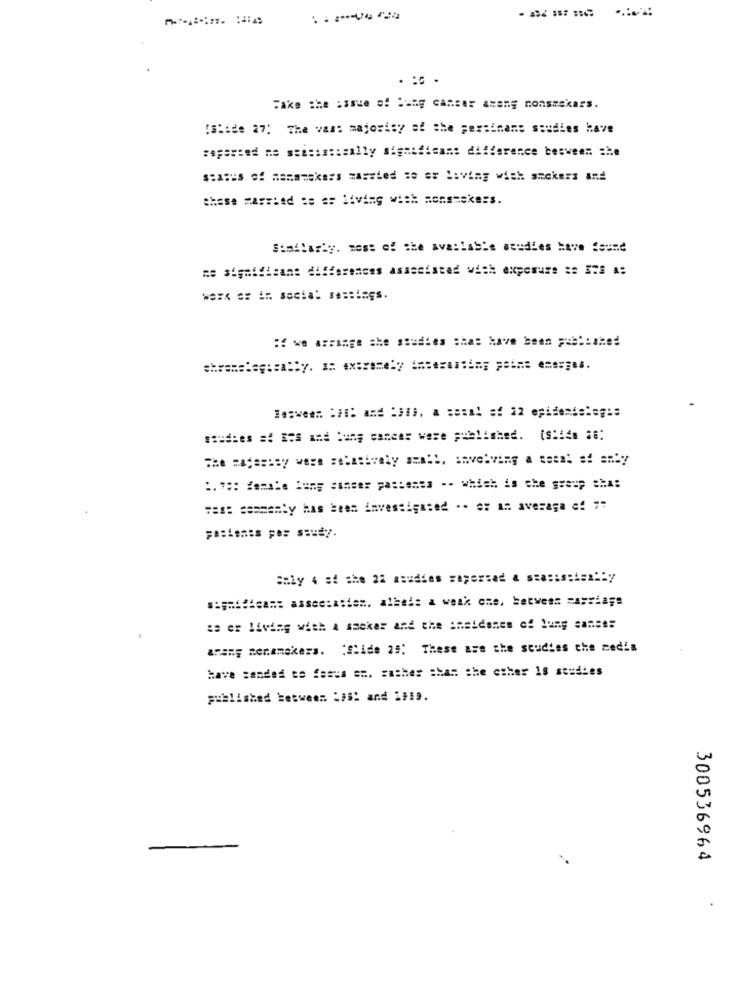
Fake the issue of Duty casser axen; nonsmakars.
[Slide 27; The vast majority of the pertinent studies have
:aperiod me seasistically significant difference between: : he
status of mansmokers massied ze er living with smokers and
these married :e er living with monseekers.
Similarly. most of the available mcudies Have found
wesc er in social ressings.
: we arrange she studies =has have been == blushed
souches =: ERS and lung cancer were published. (siiés 28:
"as: commenty has been investigated .. ez an average ef 7"
pasiones pe: study.
Baly 4 af she 22 meudies =apertad & stasis:tam :: y
significant asstation, albeit a weak one, between carriage
is er living with a socker and the insidenes of lung sanse:
arany menamakers. "Slide 25: These are the scudies che media
have sanded to festa sm. rather than the other 18 studies
published between :##! and 1919.
300536964